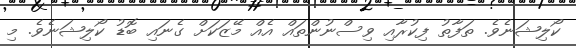
ކޯލިޝަނެވެ. ތަފާތު ފިކުރާއި ވިސްނުންތައް އެއް މޭޒަކަށް ގެނައި ބޮޑު ކޯލިޝަނެވެ. މި